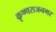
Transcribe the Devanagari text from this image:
कृष्णराजनगर